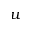
u